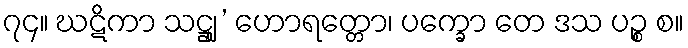
၇၄။ ဃဋိကာ သဋ္ဌျ’ ဟောရတ္တော၊ ပက္ခော တေ ဒသ ပဉ္စ စ။